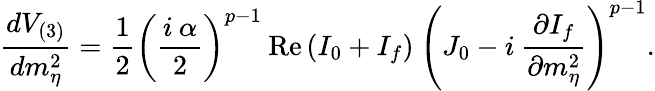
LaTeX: \frac{dV_{(3)}}{dm_{\eta}^{2}}=\frac{1}{2}\left(\frac{i\: \alpha}{2}\right)^{p-1}\: \mathrm{Re}\left(I_{0}+I_{f}\right)\: \left(J_{0}-i\: \frac{\partial I_{f}}{\partial m_{\eta}^{2}}\right)^{p-1}.